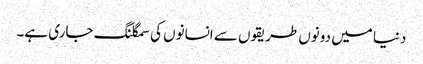
دنیا میں دونوں طریقوں سے انسانوں کی سمگلنگ جاری ہے۔